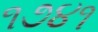
૧૭૪૧